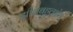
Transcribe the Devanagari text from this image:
झीलबहुलक्षेत्र